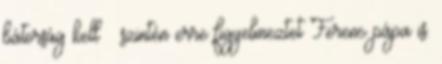
bátorság kell – szintén erre figyelmeztet Ferenc pápa is.